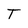
Character: T